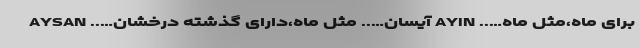
برای ماه،مثل ماه….. AYIN آیسان….. مثل ماه،دارای گذشته درخشان….. AYSAN